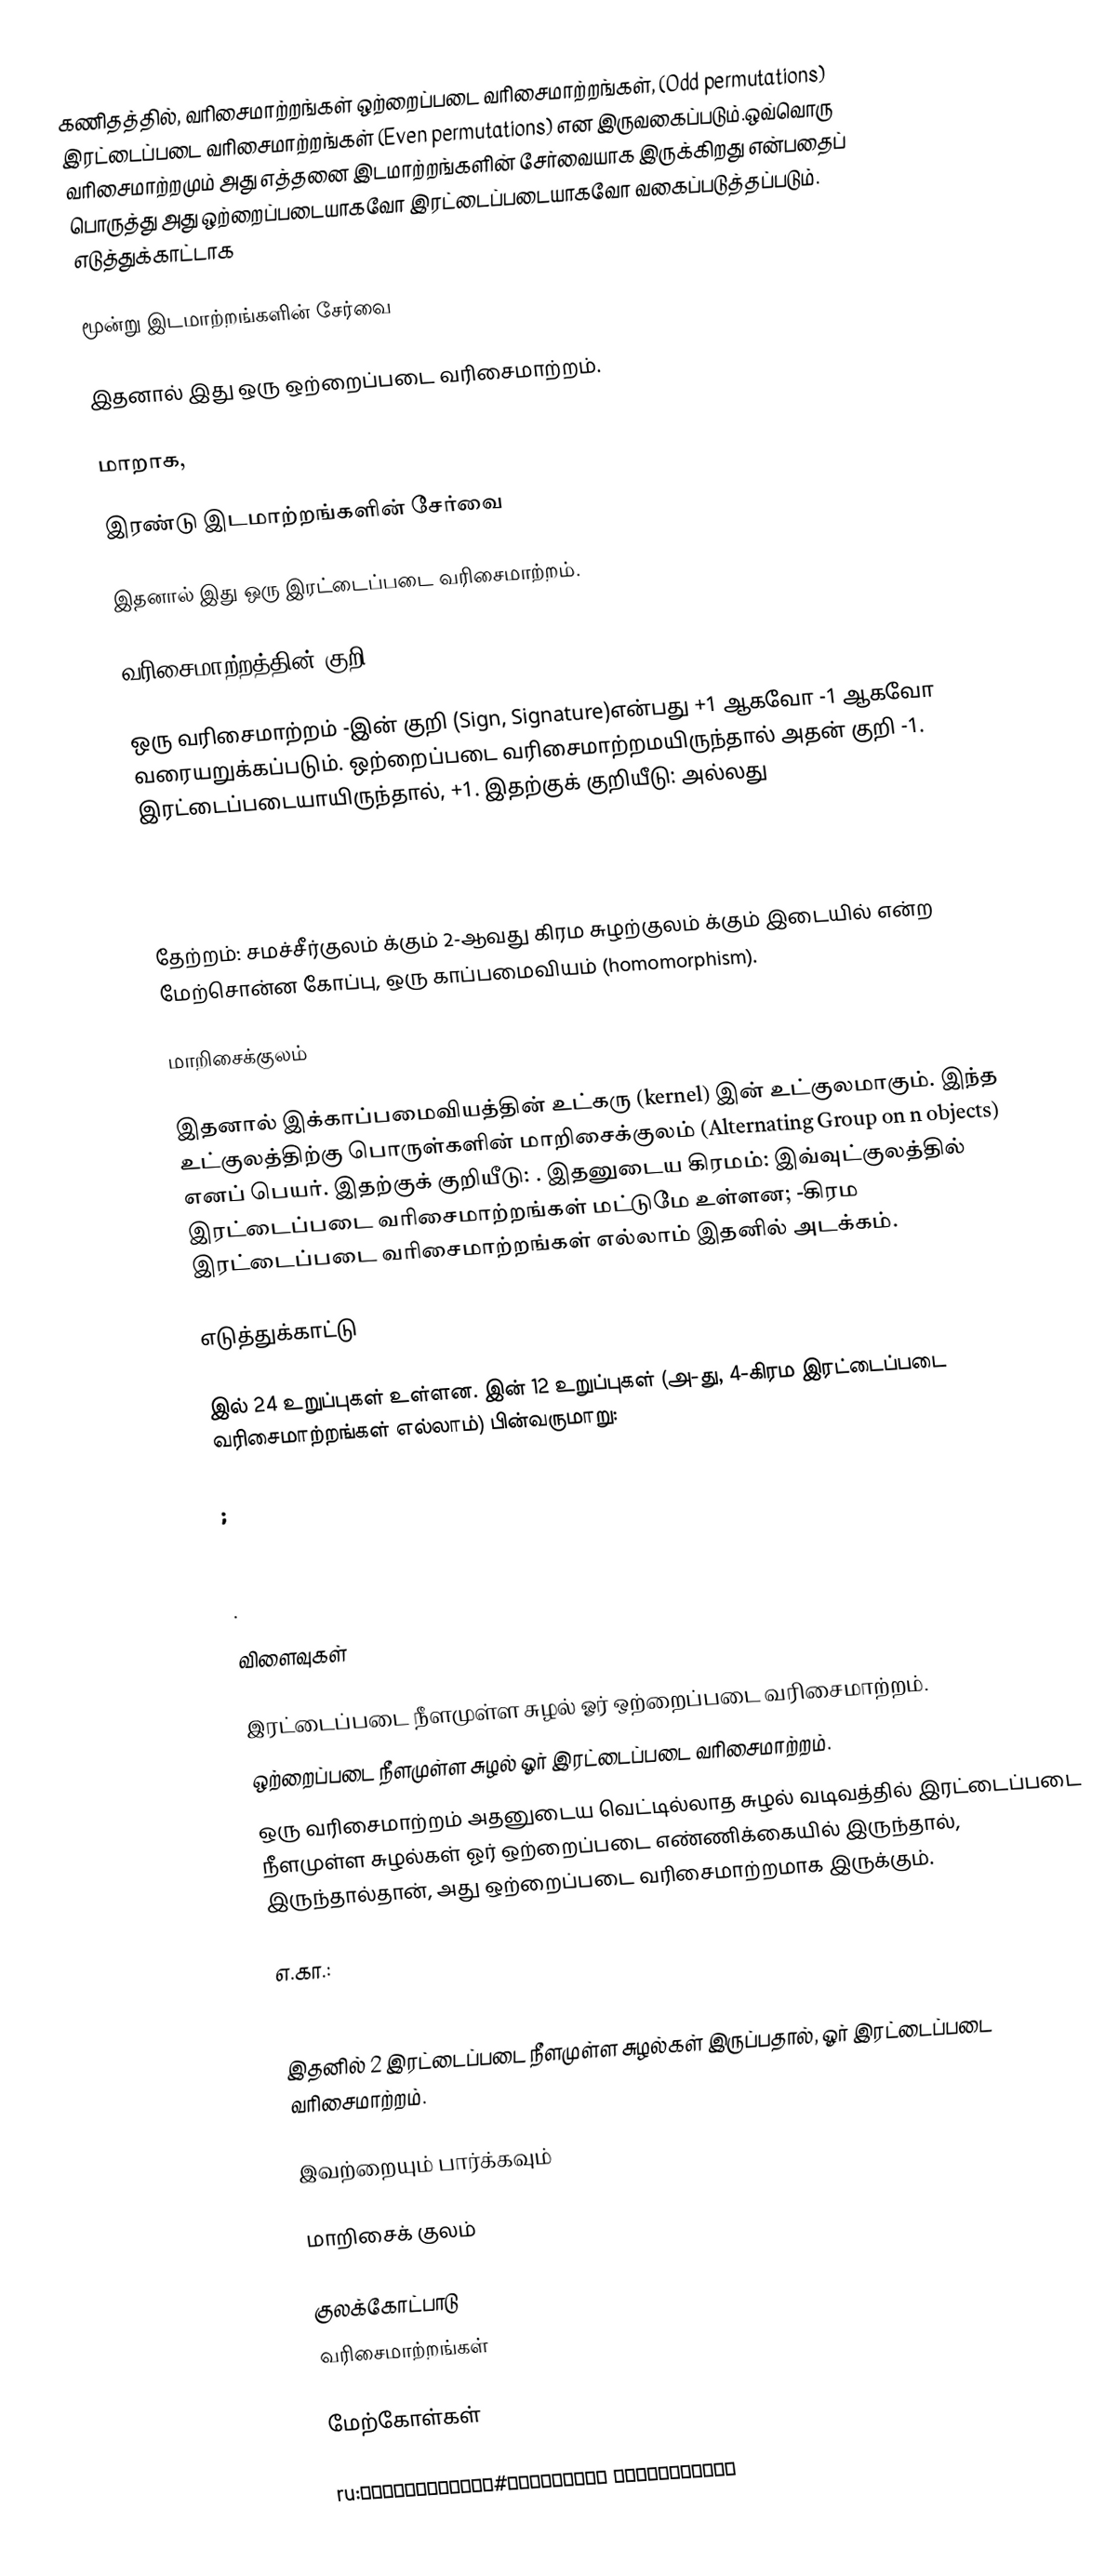
கணிதத்தில், வரிசைமாற்றங்கள் ஒற்றைப்படை வரிசைமாற்றங்கள், (Odd permutations) இரட்டைப்படை வரிசைமாற்றங்கள்  (Even permutations) என இருவகைப்படும்.ஒவ்வொரு வரிசைமாற்றமும் அது எத்தனை இடமாற்றங்களின் சேர்வையாக இருக்கிறது என்பதைப் பொருத்து அது ஒற்றைப்படையாகவோ இரட்டைப்படையாகவோ வகைப்படுத்தப்படும். எடுத்துக்காட்டாக

 மூன்று இடமாற்றங்களின் சேர்வை

இதனால் இது ஒரு ஒற்றைப்படை வரிசைமாற்றம்.

மாறாக,

 இரண்டு இடமாற்றங்களின் சேர்வை

இதனால் இது ஒரு இரட்டைப்படை வரிசைமாற்றம்.

வரிசைமாற்றத்தின் குறி

ஒரு வரிசைமாற்றம் -இன் குறி (Sign, Signature)என்பது +1 ஆகவோ -1 ஆகவோ வரையறுக்கப்படும். ஒற்றைப்படை வரிசைமாற்றமயிருந்தால் அதன் குறி -1. இரட்டைப்படையாயிருந்தால், +1. இதற்குக் குறியீடு:  அல்லது

தேற்றம்: சமச்சீர்குலம்   க்கும் 2-ஆவது கிரம சுழற்குலம்   க்கும் இடையில்   என்ற மேற்சொன்ன கோப்பு, ஒரு காப்பமைவியம் (homomorphism).

மாறிசைக்குலம்

இதனால் இக்காப்பமைவியத்தின் உட்கரு (kernel)  இன் உட்குலமாகும். இந்த உட்குலத்திற்கு  பொருள்களின் மாறிசைக்குலம் (Alternating Group on n objects) எனப் பெயர். இதற்குக் குறியீடு:  . இதனுடைய கிரமம்:  இவ்வுட்குலத்தில் இரட்டைப்படை வரிசைமாற்றங்கள் மட்டுமே உள்ளன; -கிரம இரட்டைப்படை வரிசைமாற்றங்கள் எல்லாம் இதனில் அடக்கம்.

எடுத்துக்காட்டு

 இல் 24 உறுப்புகள் உள்ளன.  இன் 12 உறுப்புகள் (அ-து, 4-கிரம இரட்டைப்படை வரிசைமாற்றங்கள் எல்லாம்) பின்வருமாறு:

  ;

 .

விளைவுகள்

 இரட்டைப்படை நீளமுள்ள சுழல் ஓர் ஒற்றைப்படை வரிசைமாற்றம்.
 ஒற்றைப்படை நீளமுள்ள சுழல் ஓர் இரட்டைப்படை வரிசைமாற்றம்.
 ஒரு வரிசைமாற்றம் அதனுடைய வெட்டில்லாத சுழல் வடிவத்தில் இரட்டைப்படை நீளமுள்ள சுழல்கள் ஓர் ஒற்றைப்படை எண்ணிக்கையில் இருந்தால், இருந்தால்தான், அது ஒற்றைப்படை வரிசைமாற்றமாக இருக்கும்.

எ.கா.:

இதனில் 2 இரட்டைப்படை நீளமுள்ள சுழல்கள் இருப்பதால்,  ஓர் இரட்டைப்படை வரிசைமாற்றம்.

இவற்றையும் பார்க்கவும்

 மாறிசைக் குலம்

குலக்கோட்பாடு
வரிசைமாற்றங்கள்

மேற்கோள்கள்

ru:Перестановка#Связанные определения